Insane asylums in Bengal annual reports 1876-1887 - 1876-1887
Year: 1876
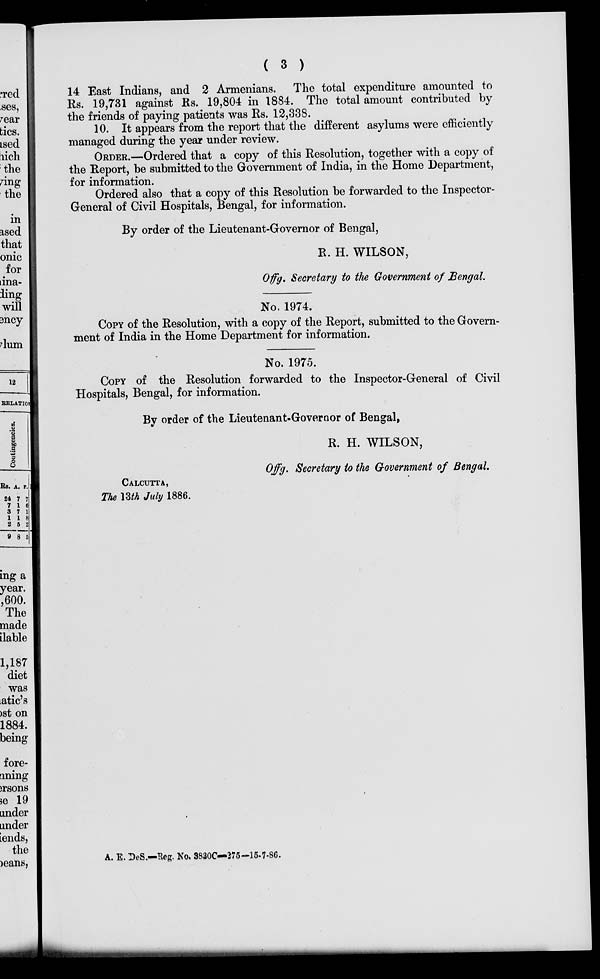
( 3 )
14 East Indians, and 2 Armenians. The total expenditure amounted to
Rs. 19,731 against Rs. 19,804 in 1884. The total amount contributed by
the friends of paying patients was Rs. 12,338.
10. It appears from the report that the different asylums were efficiently
managed during the year under review.
ORDER.—Ordered that a copy of this Resolution, together with a copy of
the Report, be submitted to the Government of India, in the Home Department,
for information.
Ordered also that a copy of this Resolution be forwarded to the Inspector-
General of Civil Hospitals, Bengal, for information.
By order of the Lieutenant-Governor of Bengal,
R. H. WILSON,
Offg. Secretary to the Government of Bengal.
No. 1974.
COPY of the Resolution, with a copy of the Report, submitted to the Govern-
ment of India in the Home Department for information.
No. 1975.
COPY of the Resolution forwarded to the Inspector-General of Civil
Hospitals, Bengal, for information.
By order of the Lieutenant-Governor of Bengal,
R. H. WILSON,
Offg. Secretary to the Government of Bengal.
CALCUTTA,
The 13th July 1886.
A. E. DeS.—Reg. No. 3830C—275-15-7-86.